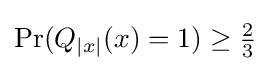
\mathrm {Pr} (Q_{|x|}(x)=1)\geq {\tfrac {2}{3}}